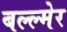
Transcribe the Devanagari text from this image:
बल्ल्मेर